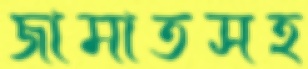
জামাতসহ